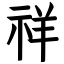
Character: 祥